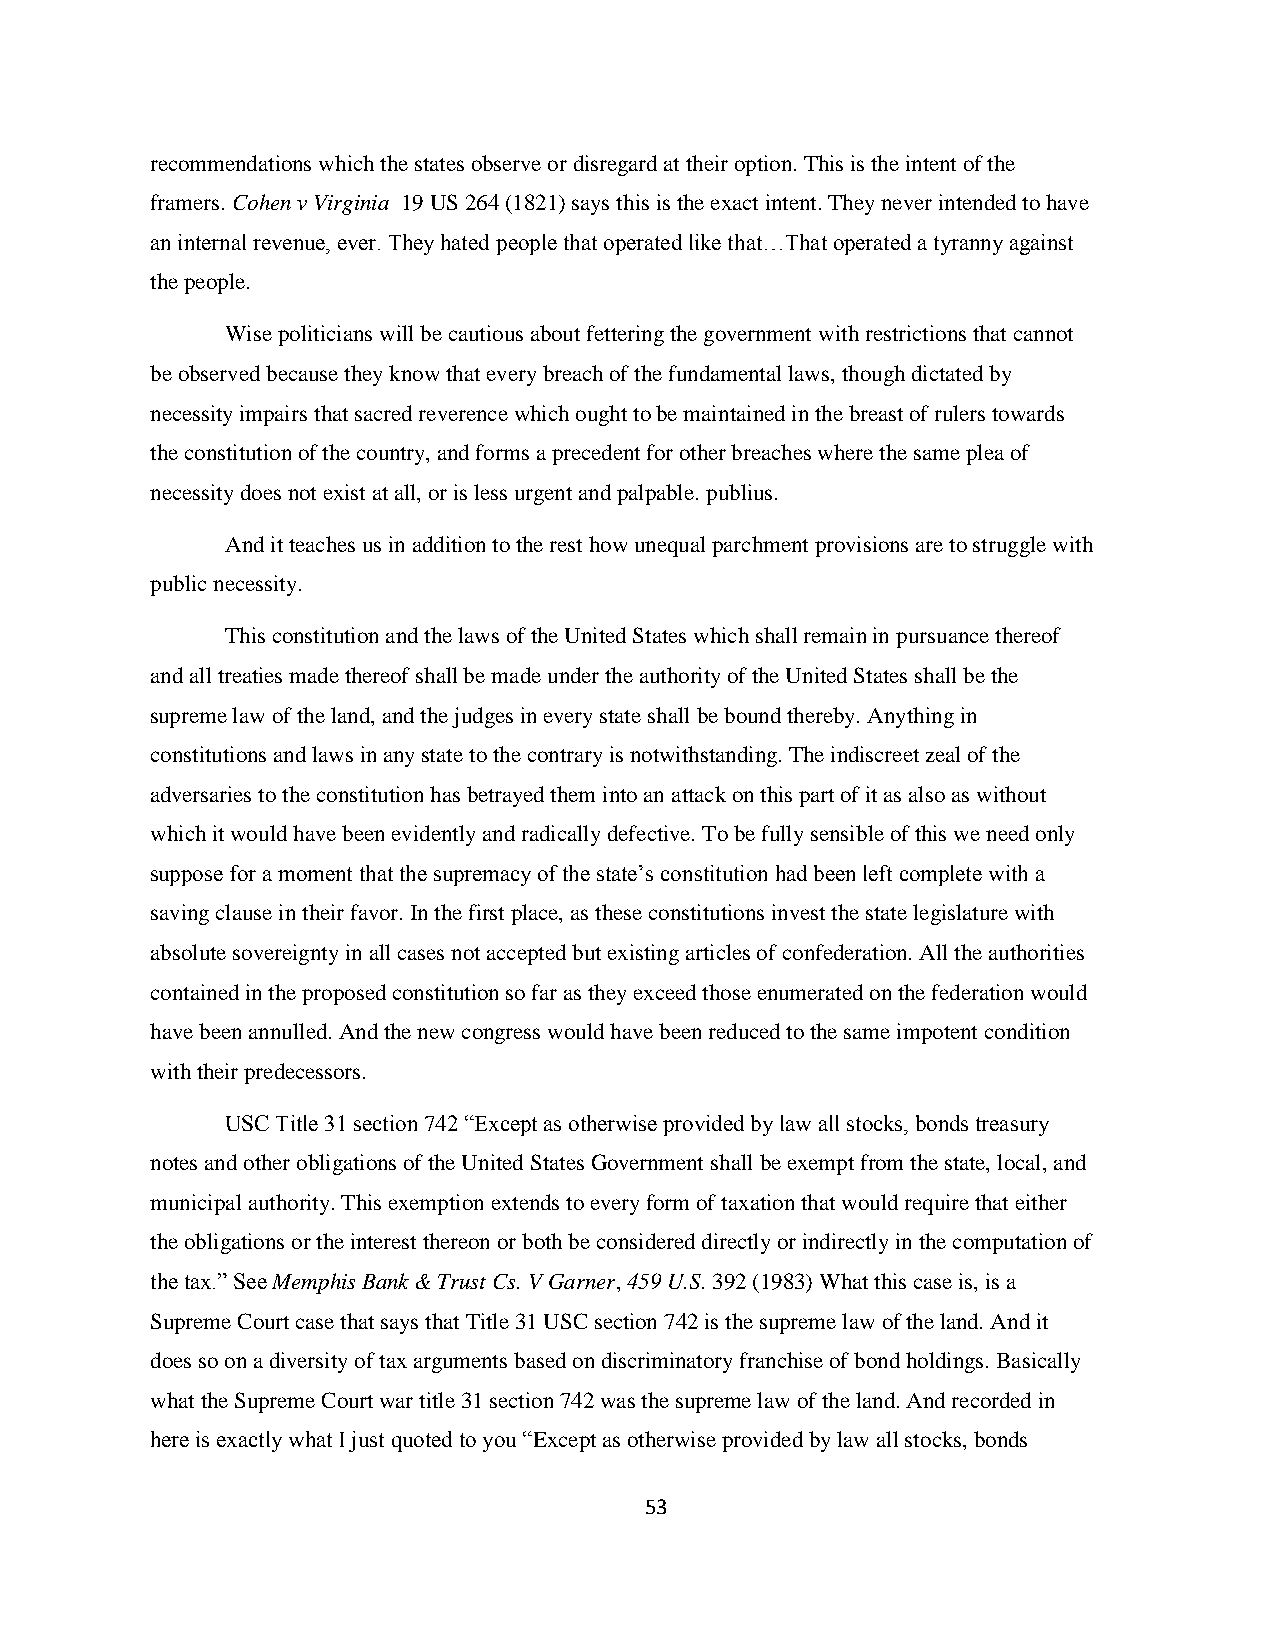
recommendations which the states observe or disregard at their option. This is the intent of the
 framers. Cohen v Virginia 19 US 264 (1821) says this is the exact intent. They never intended to have
 an internal revenue, ever. They hated people that operated like that…That operated a tyranny against
 the people.
 Wise politicians will be cautious about fettering the government with restrictions that cannot
 be observed because they know that every breach of the fundamental laws, though dictated by
 necessity impairs that sacred reverence which ought to be maintained in the breast of rulers towards
 the constitution of the country, and forms a precedent for other breaches where the same plea of
 necessity does not exist at all, or is less urgent and palpable. publius.
 And it teaches us in addition to the rest how unequal parchment provisions are to struggle with
 public necessity.
 This constitution and the laws of the United States which shall remain in pursuance thereof
 and all treaties made thereof shall be made under the authority of the United States shall be the
 supreme law of the land, and the judges in every state shall be bound thereby. Anything in
 constitutions and laws in any state to the contrary is notwithstanding. The indiscreet zeal of the
 adversaries to the constitution has betrayed them into an attack on this part of it as also as without
 which it would have been evidently and radically defective. To be fully sensible of this we need only
 suppose for a moment that the supremacy of the state‟s constitution had been left complete with a
 saving clause in their favor. In the first place, as these constitutions invest the state legislature with
 absolute sovereignty in all cases not accepted but existing articles of confederation. All the authorities
 contained in the proposed constitution so far as they exceed those enumerated on the federation would
 have been annulled. And the new congress would have been reduced to the same impotent condition
 with their predecessors.
 USC Title 31 section 742 “Except as otherwise provided by law all stocks, bonds treasury
 notes and other obligations of the United States Government shall be exempt from the state, local, and
 municipal authority. This exemption extends to every form of taxation that would require that either
 the obligations or the interest thereon or both be considered directly or indirectly in the computation of
 the tax.” See Memphis Bank & Trust Cs. V Garner, 459 U.S. 392 (1983) What this case is, is a
 Supreme Court case that says that Title 31 USC section 742 is the supreme law of the land. And it
 does so on a diversity of tax arguments based on discriminatory franchise of bond holdings. Basically
 what the Supreme Court war title 31 section 742 was the supreme law of the land. And recorded in
 here is exactly what I just quoted to you “Except as otherwise provided by law all stocks, bonds
 53